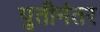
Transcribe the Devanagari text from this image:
युतीनंतर